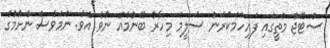
ސްޓޭޖް މަތީގައި ފައިހަމަކުރަން ސަލީމް މިހާރު ބޭނުމެއް ނުވެ އެވެ. ނަމަވެސް ނެށުމުގެ